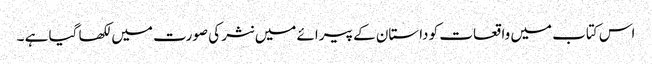
اس کتاب میں واقعات کو داستان کے پیرائے میں نثر کی صورت میں لکھا گیا ہے ۔